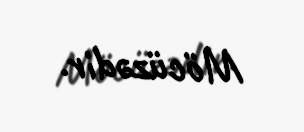
Möcüzədir.